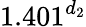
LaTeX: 1.401^{d_{2}}